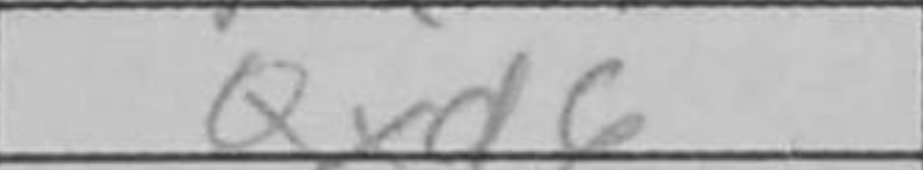
Transcription: Qxd6